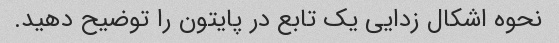
نحوه اشکال زدایی یک تابع در پایتون را توضیح دهید.